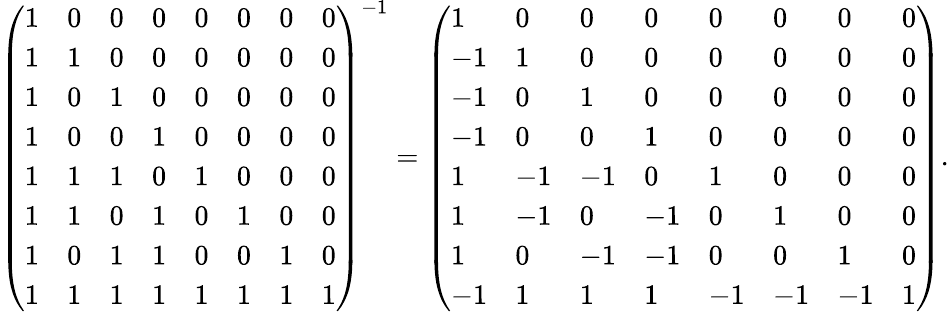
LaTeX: \left(\begin{array}{llllllll}{1}&{0}&{0}&{0}&{0}&{0}&{0}&{0}\\ {1}&{1}&{0}&{0}&{0}&{0}&{0}&{0}\\ {1}&{0}&{1}&{0}&{0}&{0}&{0}&{0}\\ {1}&{0}&{0}&{1}&{0}&{0}&{0}&{0}\\ {1}&{1}&{1}&{0}&{1}&{0}&{0}&{0}\\ {1}&{1}&{0}&{1}&{0}&{1}&{0}&{0}\\ {1}&{0}&{1}&{1}&{0}&{0}&{1}&{0}\\ {1}&{1}&{1}&{1}&{1}&{1}&{1}&{1}\end{array}\right)^{-1}=\left(\begin{array}{llllllll}{1}&{0}&{0}&{0}&{0}&{0}&{0}&{0}\\ {-1}&{1}&{0}&{0}&{0}&{0}&{0}&{0}\\ {-1}&{0}&{1}&{0}&{0}&{0}&{0}&{0}\\ {-1}&{0}&{0}&{1}&{0}&{0}&{0}&{0}\\ {1}&{-1}&{-1}&{0}&{1}&{0}&{0}&{0}\\ {1}&{-1}&{0}&{-1}&{0}&{1}&{0}&{0}\\ {1}&{0}&{-1}&{-1}&{0}&{0}&{1}&{0}\\ {-1}&{1}&{1}&{1}&{-1}&{-1}&{-1}&{1}\end{array}\right).